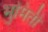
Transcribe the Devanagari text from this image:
भुमिती